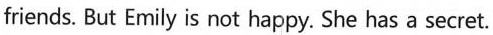
friends. But Emily is not happy. She has a secret.